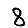
Digit: 8